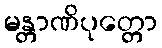
မန္တာဏိပုတ္တော